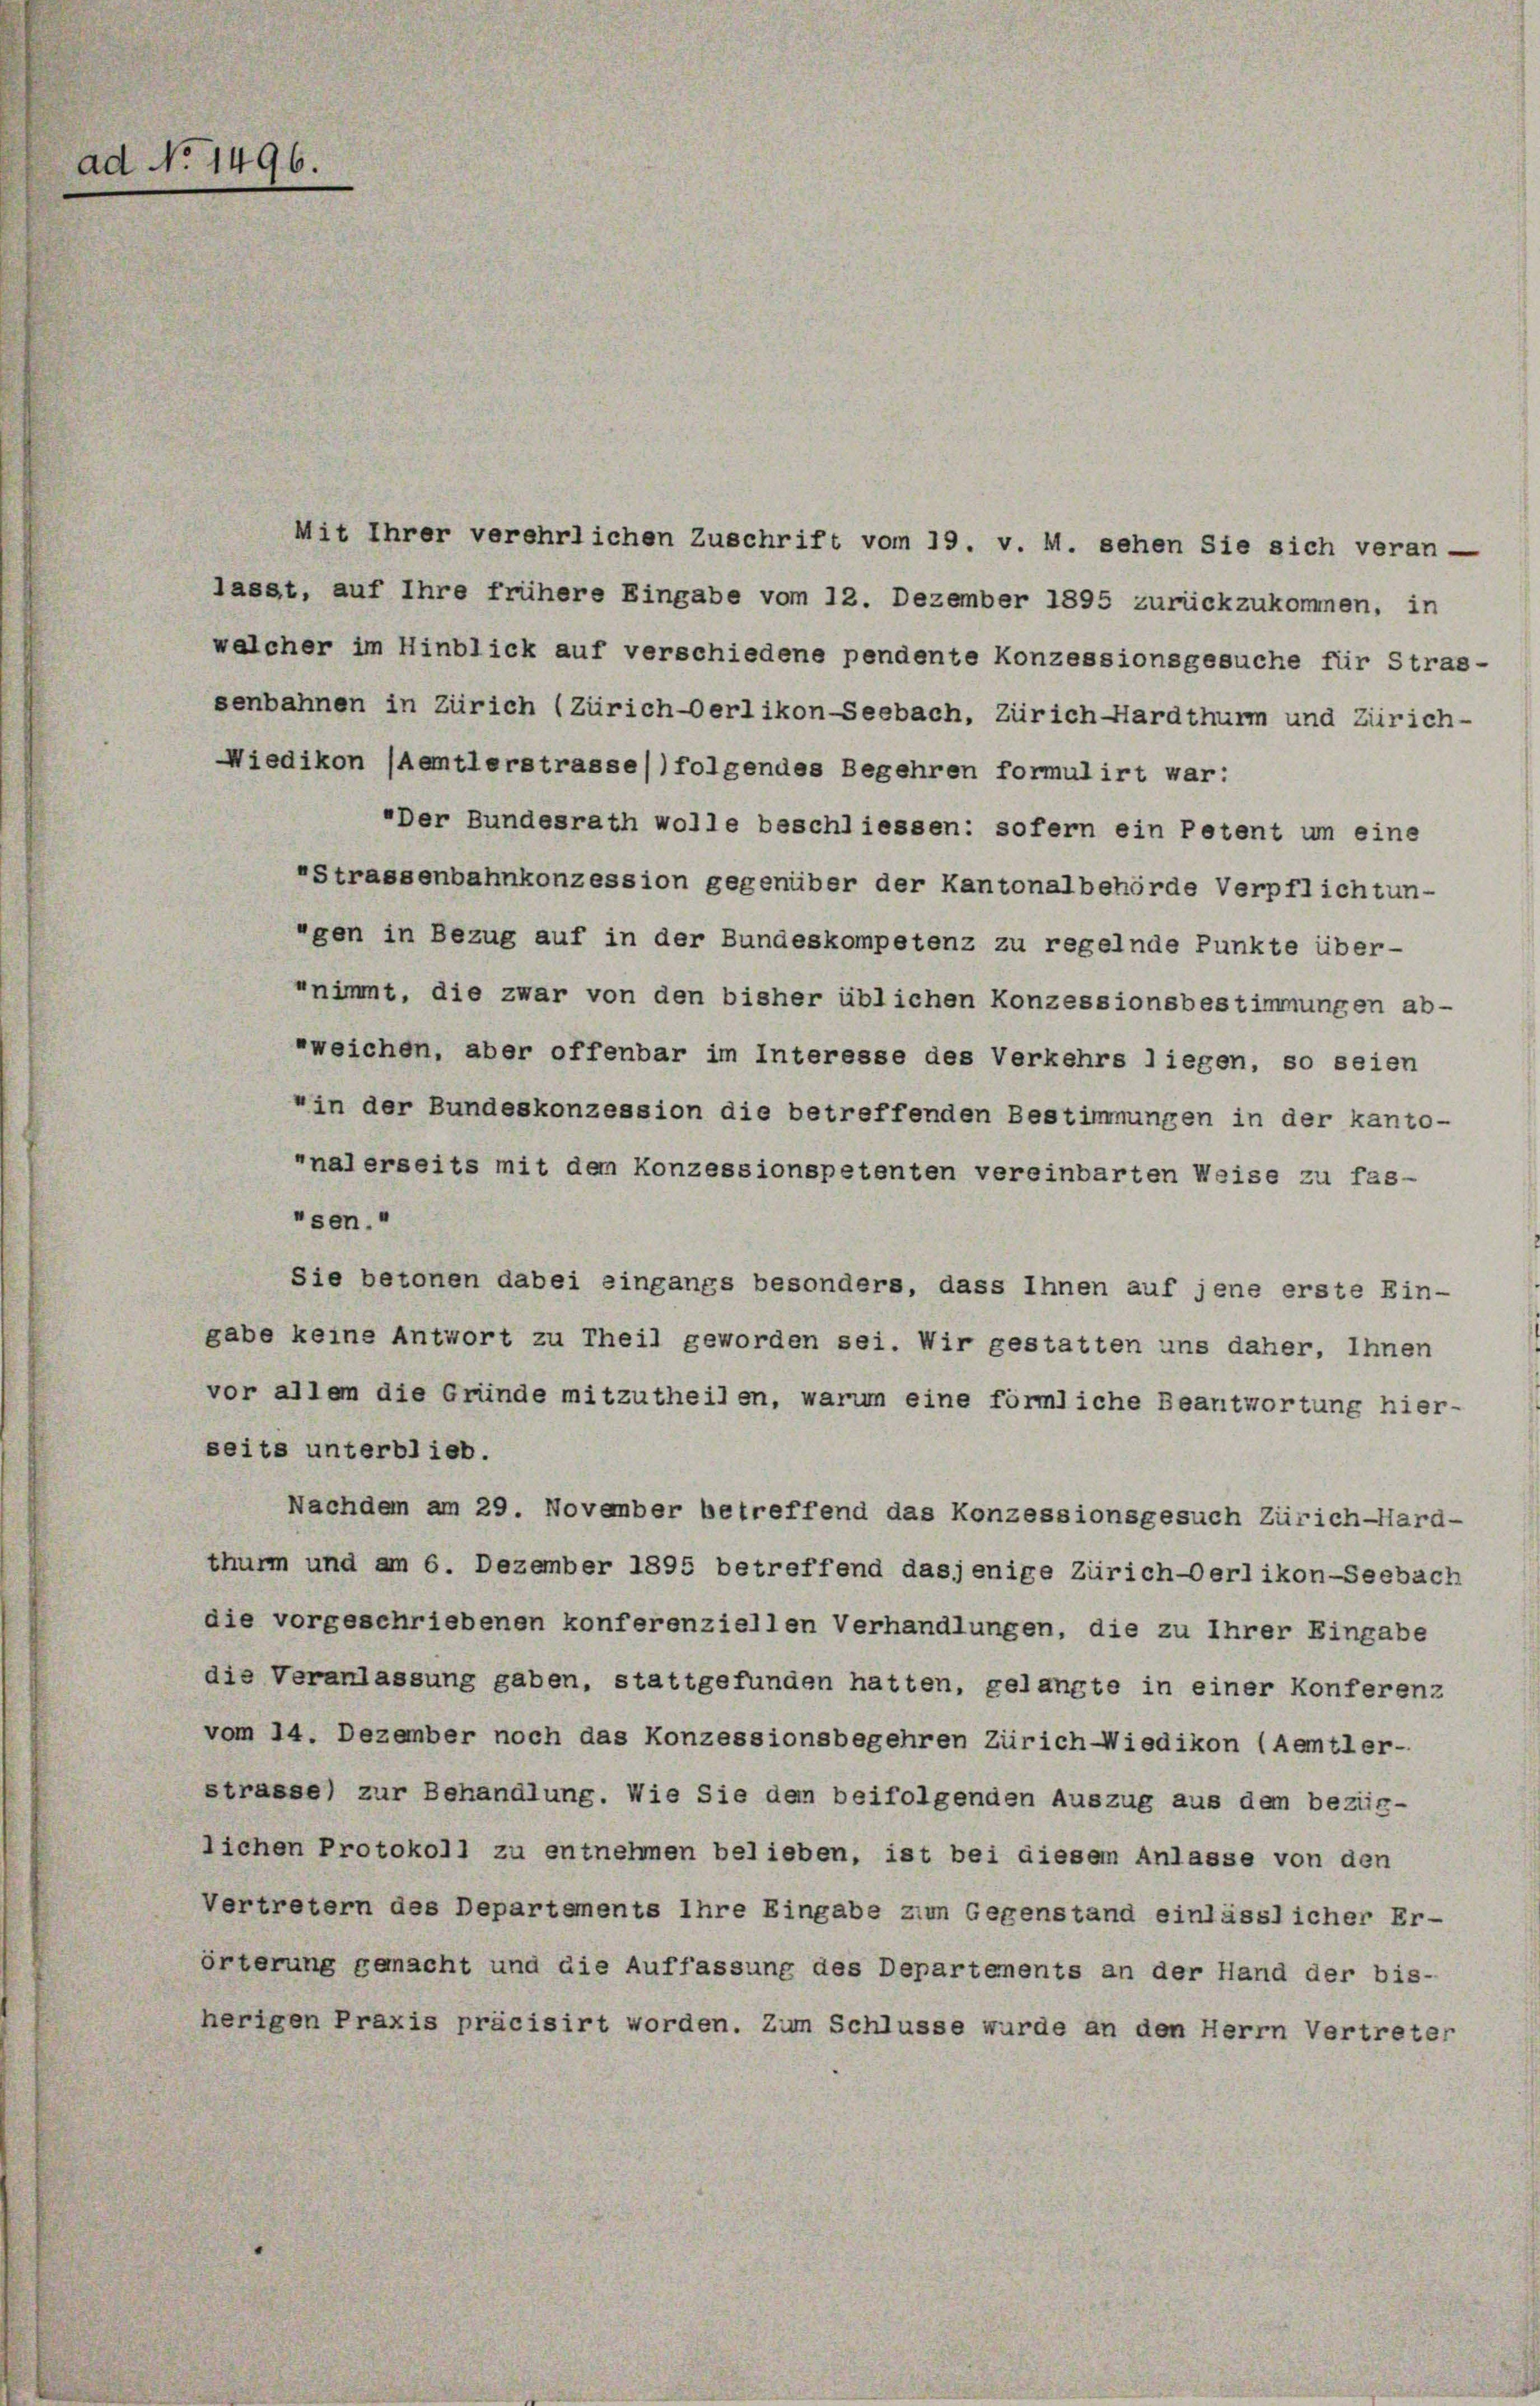
1496.

Mit Ihrer verehrlichen Zuschrift vom 19. v. M. sehen Sie sich veran-
lasst, auf Ihre frühere Eingabe vom 12. Dezember 1895 zurückzukommen, in
welcher im Hinblick auf verschiedene pendente Konzessionsgesuche für Stras-
senbahnen in Zürich (Zürich-Oerlikon-Seebach, Zürich Hardthurm und Zürich-
Wiedikon (Aemtlerstrasse)) folgendes Begehren formulirt war:
"Der Bundesrath wolle beschliessen: sofern ein Petent um eine
"Strassenbahnkonzession gegenüber der Kantonalbehörde Verpflichtun-
rgen in Bezug auf in der Bundeskompetenz zu regelnde Punkte über-
nimmt, die zwar von den bisher üblichen Konzessionsbestimmungen ab-
weichen, aber offenbar im Interesse des Verkehrs liegen, so seien
" in der Bundeskonzession die betreffenden Bestimmungen in der kanto-
rnal erseits mit dem Konzessionspetenten vereinbarten Weise zu fas-
sen.“
Sie betonen dabei eingangs besonders, dass Ihnen auf jene erste Ein-
gabe keine Antwort zu Theil geworden sei. Wir gestatten uns daher, Ihnen
vor allem die Gründe mitzutheilen, warum eine förmliche Beantwortung hier-
seits unterblieb.
Nachdem am 29. November betreffend das Konzessionsgesuch Zürich-Hard-
thurm und am 6. Dezember 1895 betreffend dasjenige Zürich-Oerlikon-Seebach
die vorgeschriebenen konferenziellen Verhandlungen, die zu Ihrer Eingabe
die Veranlassung gaben, stattgefunden hatten, gelangte in einer Konferenz
vom 14. Dezember noch das Konzessionsbegehren Zürich-Wiedikon (Aemtler-
strasse) zur Behandlung. Wie Sie dem beifolgenden Auszug aus dem bezüg-
lichen Protokoll zu entnehmen belieben, ist bei diesem Anlasse von den
Vertretern des Departements Ihre Eingabe zum Gegenstand einlässlicher Er-
örterung gemacht und die Auffassung des Departements an der Hand der bis-
herigen Praxis präcisirt worden. Zum Schlüsse wurde an den Herrn Vertreter